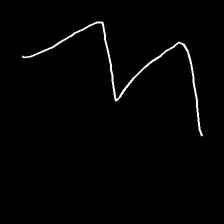
Glyph: crush